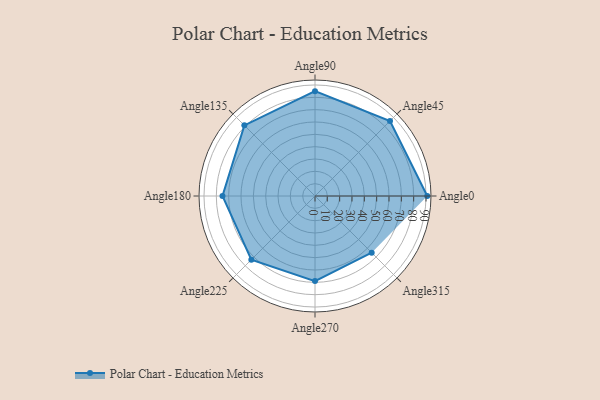
{"axis": {"x": "Angle", "y": "Radius"}, "legend": [""], "data": [{"x": "Angle0", "y": 91.0, "type": ""}, {"x": "Angle45", "y": 86.0, "type": ""}, {"x": "Angle90", "y": 85.0, "type": ""}, {"x": "Angle135", "y": 81.0, "type": ""}, {"x": "Angle180", "y": 75.0, "type": ""}, {"x": "Angle225", "y": 73.0, "type": ""}, {"x": "Angle270", "y": 69.0, "type": ""}, {"x": "Angle315", "y": 65.0, "type": ""}]}